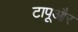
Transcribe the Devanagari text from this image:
टापूऔर